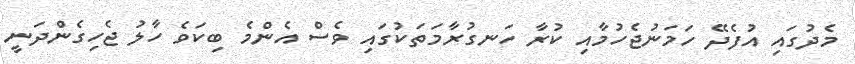
މެދުގައި އުފެދޭ ހަމަނުޖެހުމާއި ކުރާ ހަނގުރާމަތަކުގައި ވެސް އެންމެ ބިކަވެ ހާލު ޖެހިގެންދަނީ